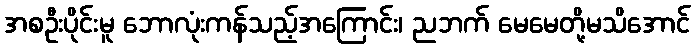
အစဦးပိုင်းမူ ဘောလုံးကန်သည့်အကြောင်း၊ ညဘက် မေမေတို့မသိအောင်